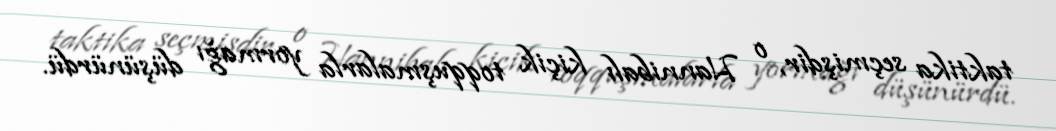
taktika seçmişdir, o Hannibalı kiçik toqquşmalarla yormağı düşünürdü.